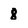
Character: 8